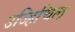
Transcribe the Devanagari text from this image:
उज्हिचिल